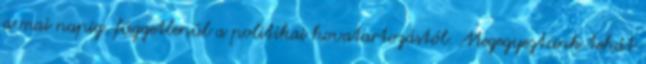
a mai napig, függetlenül a politikai hovatartozástól. Megegyeztünk tehát